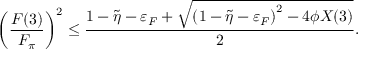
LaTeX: \left( \frac { F ( 3 ) } { F _ { \pi } } \right) ^ { 2 } \leq \frac { 1 - \tilde { \eta } - \varepsilon _ { F } + \sqrt { \left( 1 - \tilde { \eta } - \varepsilon _ { F } \right) ^ { 2 } - 4 \phi X ( 3 ) } } { 2 } .